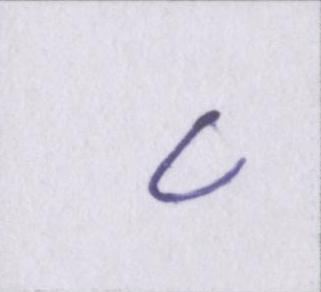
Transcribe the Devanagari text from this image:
८